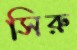
সিরু